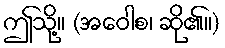
ဤသို့။ (အဝေါစ၊ ဆို၏။)